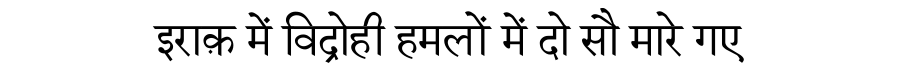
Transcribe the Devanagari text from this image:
इराक़ में विद्रोही हमलों में दो सौ मारे गए